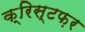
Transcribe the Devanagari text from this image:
क्रिस्टफ़र